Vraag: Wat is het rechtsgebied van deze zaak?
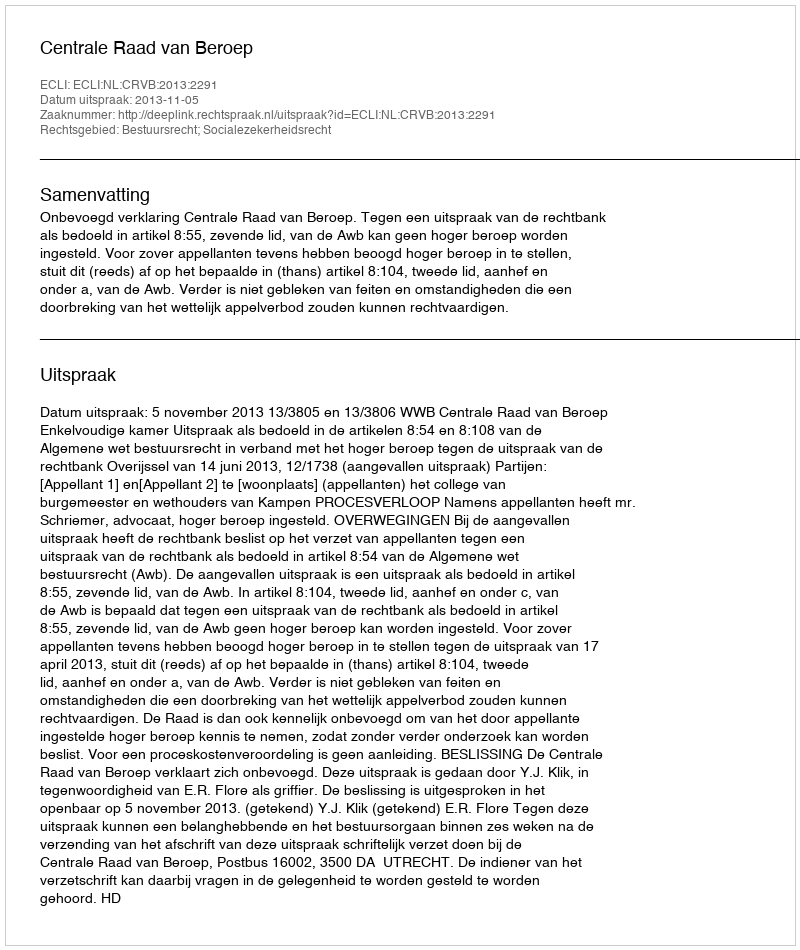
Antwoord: Bestuursrecht; Socialezekerheidsrecht